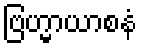
ဗြဟ္မာယာစနံ